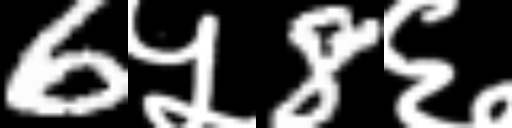
Text: 6५8६